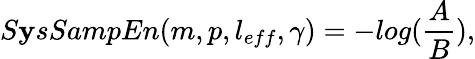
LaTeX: S\mathbf{y}sSampEn(m,p,l_{eff},\gamma)=−log(\frac{{A}}{{B}}),